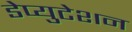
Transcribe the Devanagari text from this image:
डेप्युटेशन